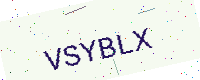
Text: VSYBLX